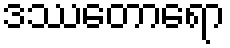
ဒဿေတာရော